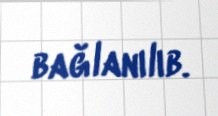
bağlanılıb.